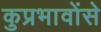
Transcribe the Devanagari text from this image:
कुप्रभावोंसे